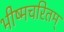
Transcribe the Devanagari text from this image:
भीष्मचरितम्